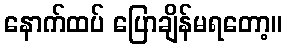
နောက်ထပ် ပြောချိန်မရတော့။